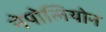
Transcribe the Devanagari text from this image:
नेपोलियोन